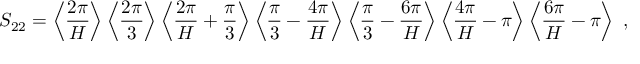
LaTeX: S _ { 2 2 } = \left\langle \frac { 2 \pi } { H } \right\rangle \left\langle \frac { 2 \pi } { 3 } \right\rangle \left\langle \frac { 2 \pi } { H } + \frac { \pi } { 3 } \right\rangle \left\langle \frac { \pi } { 3 } - \frac { 4 \pi } { H } \right\rangle \left\langle \frac { \pi } { 3 } - \frac { 6 \pi } { H } \right\rangle \left\langle \frac { 4 \pi } { H } - \pi \right\rangle \left\langle \frac { 6 \pi } { H } - \pi \right\rangle \ ,